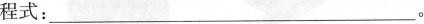
程式：___。